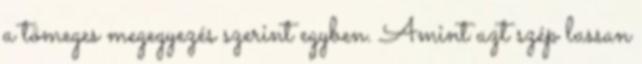
a tömeges megegyezés szerint egyben. Amint azt szép lassan